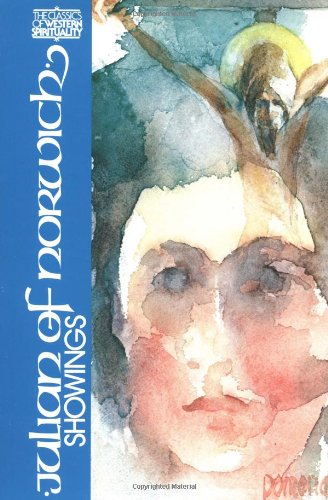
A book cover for Julian of Norwich: Showings (Classics of Western Spirituality); Julian of Norwich; Christian Books & Bibles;